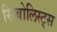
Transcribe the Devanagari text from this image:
सिबोलिस्ट्स